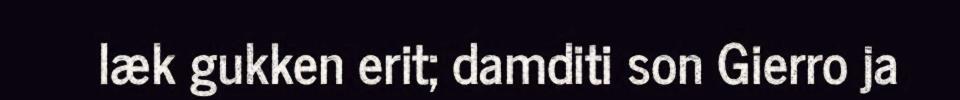
læk gukken erit; damditi son Gierro ja